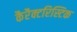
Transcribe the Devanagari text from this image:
कैरैक्टरिस्टिक